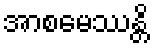
အာစမေဿန္တိ